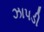
ઝાપડી